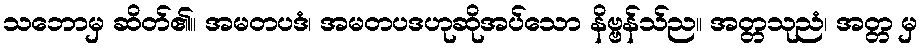
သဘောမှ ဆိတ်၏။ အမတပဒံ၊ အမတပဒဟုဆိုအပ်သော နိဗ္ဗန်သ်ည။ အတ္တသုညံ၊ အတ္တ မှ